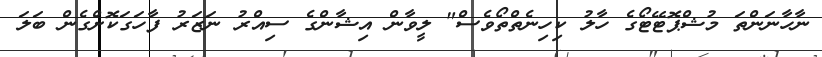
ނާހާނަންތަ މުޝްޕޮޓޭޓޯގެ ހާލު ކިހިނެތްތޯވެސް" ލީވާން އިޝާންގެ ސިއްރު ނަޒަރު ފާހަގަކޮށްގެން ބަލަ